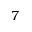
7